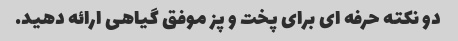
دو نکته حرفه ای برای پخت و پز موفق گیاهی ارائه دهید.